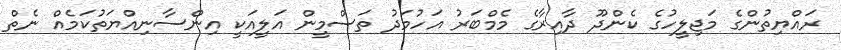
ރައްޔިތުންގެ މަޖިލީހުގެ ކެންދޫ ދާއިރާގެ މެމްބަރު އަހުމަދު ތަސްމީން އަލީއަކީ އިންސާނިއްޔަތުކަމެއް ނެތް